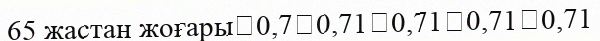
65 жастан жоғары	0,7	0,71	0,71	0,71	0,71